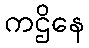
ကဌိနေ